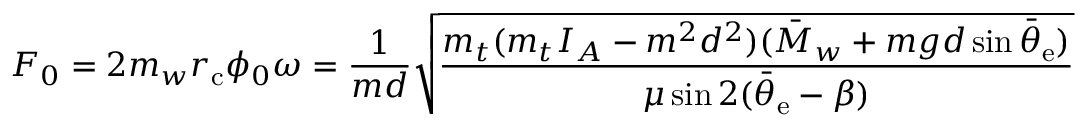
F _ { 0 } = 2 m _ { w } r _ { \mathrm { c } } \phi _ { 0 } \omega = \frac { 1 } { m d } \sqrt { \frac { m _ { t } ( m _ { t } I _ { A } - m ^ { 2 } d ^ { 2 } ) ( \bar { M } _ { w } + m g d \sin \bar { \theta } _ { \mathrm { e } } ) } { \mu \sin 2 ( \bar { \theta } _ { \mathrm { e } } - \beta ) } }